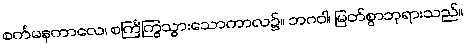
စင်္ကမနကာလေ၊ စင်္ကြံကြွသွားသောကာလ၌။ ဘဂဝါ၊ မြတ်စွာဘုရားသည်။